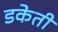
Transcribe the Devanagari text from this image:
डकेती